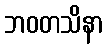
ဘဝတသိနာ